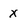
Character: X